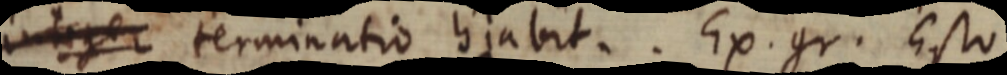
integer terminatio hiabit. Ex. gr. Esto